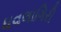
ધવલાગિરી